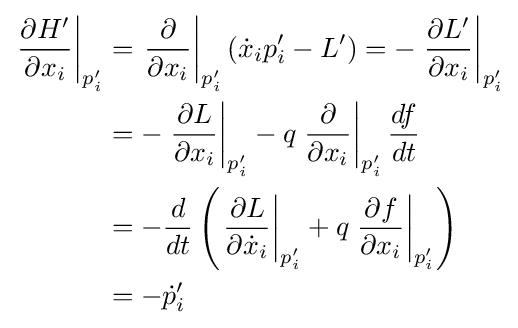
{\begin{aligned}\left.{\frac {\partial H'}{\partial {x_{i}}}}\right|_{p'_{i}}&=\left.{\frac {\partial }{\partial {x_{i}}}}\right|_{p'_{i}}({\dot {x}}_{i}p'_{i}-L')=-\left.{\frac {\partial L'}{\partial {x_{i}}}}\right|_{p'_{i}}\\&=-\left.{\frac {\partial L}{\partial {x_{i}}}}\right|_{p'_{i}}-q\left.{\frac {\partial }{\partial {x_{i}}}}\right|_{p'_{i}}{\frac {df}{dt}}\\&=-{\frac {d}{dt}}\left(\left.{\frac {\partial L}{\partial {{\dot {x}}_{i}}}}\right|_{p'_{i}}+q\left.{\frac {\partial f}{\partial {x_{i}}}}\right|_{p'_{i}}\right)\\&=-{\dot {p}}'_{i}\end{aligned}}